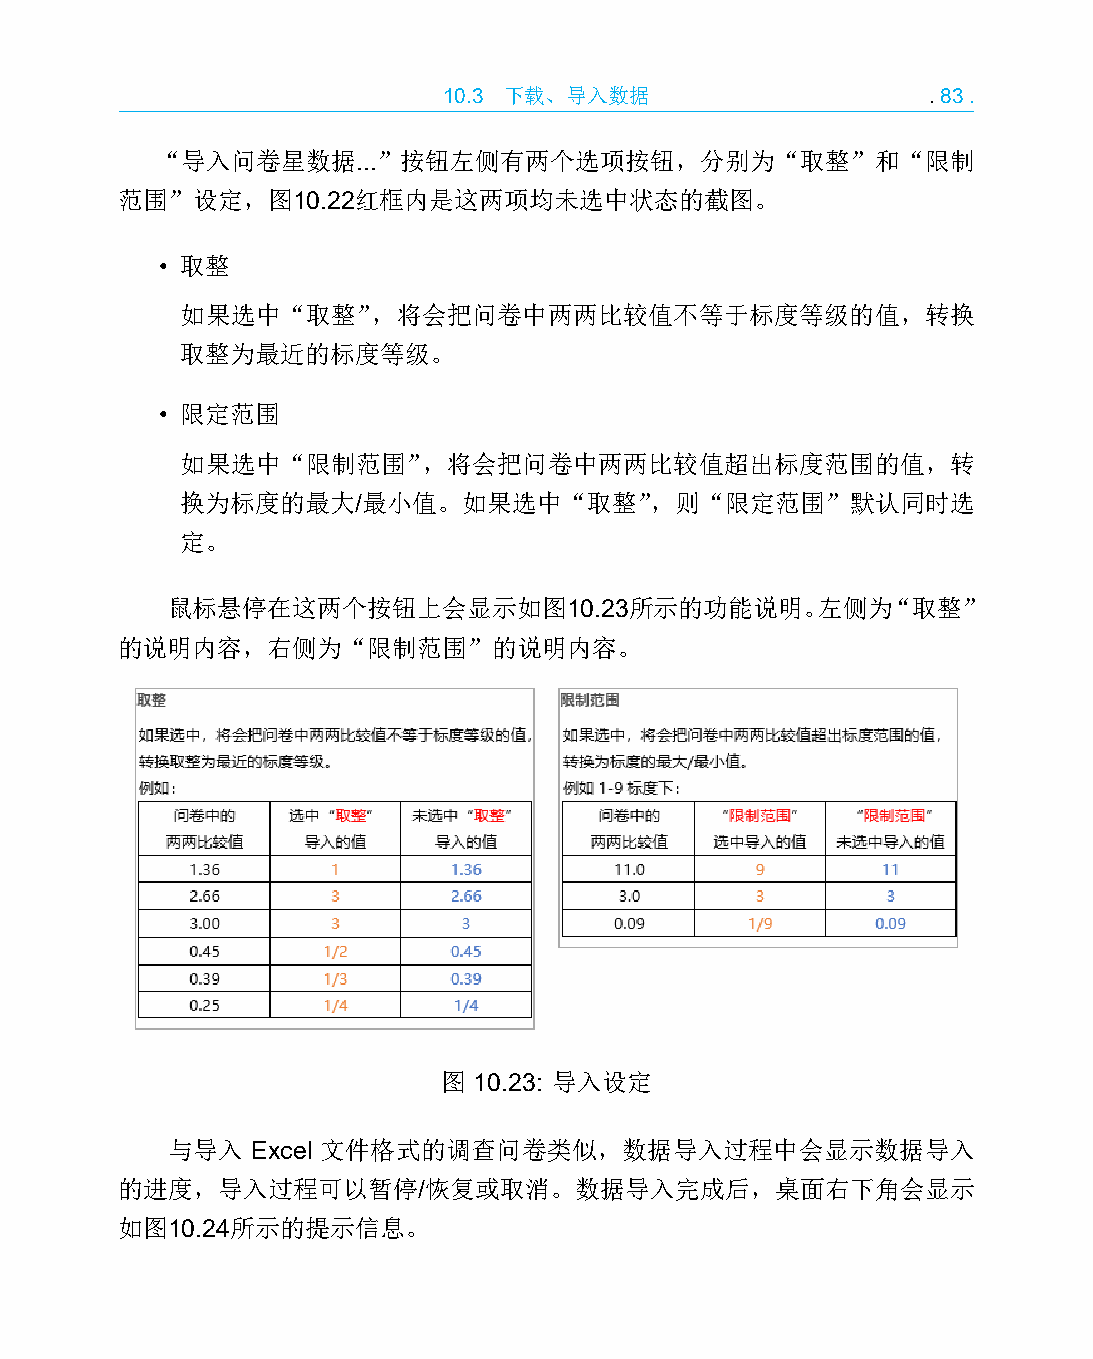
10.3 下载、导入数据                    .83.
 “导入问卷星数据...”按钮左侧有两个选项按钮，分别为“取整”和“限制
 范围”设定，图10.22红框内是这两项均未选中状态的截图。
 • 取整
 如果选中“取整”，将会把问卷中两两比较值不等于标度等级的值，转换
 取整为最近的标度等级。
 • 限定范围
 如果选中“限制范围”，将会把问卷中两两比较值超出标度范围的值，转
 换为标度的最大/最小值。如果选中“取整”，则“限定范围”默认同时选
 定。
 鼠标悬停在这两个按钮上会显示如图10.23所示的功能说明。左侧为“取整”
 的说明内容，右侧为“限制范围”的说明内容。
 图 10.23: 导入设定
 与导入   Excel 文件格式的调查问卷类似，数据导入过程中会显示数据导入
 的进度，导入过程可以暂停/恢复或取消。数据导入完成后，桌面右下角会显示
 如图10.24所示的提示信息。